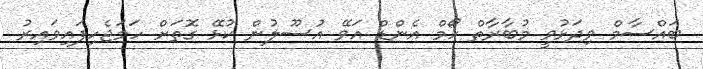
ބައްސާމް ވިދަޅުވީ މުބާރާތް ހޯމް އެންޑް އަވޭ އުސޫލުން ކުޅޭ ގޮތަށް ހަމަޖެހިފައިވައިރު